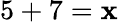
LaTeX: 5+7=\mathbf{x}